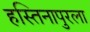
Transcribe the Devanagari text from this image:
हस्तिनापुरला